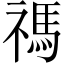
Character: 禡